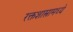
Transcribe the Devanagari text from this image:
रक्तशास्त्रामध्ये